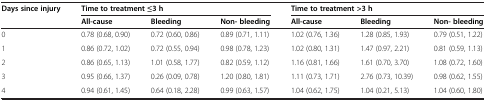
| Days since injury | <COLSPAN=3> Time to treatment ≤3 h | <COLSPAN=3> Time to treatment >3 h |
 |  | All-cause | Bleeding | Non- bleeding | All-cause | Bleeding | Non- bleeding |
 | --- | --- | --- | --- | --- | --- | --- |
 | 0 | 0.78 (0.68, 0.90) | 0.72 (0.60, 0.86) | 0.89 (0.71, 1.11) | 1.02 (0.76, 1.36) | 1.28 (0.85, 1.93) | 0.79 (0.51, 1.22) |
 | 1 | 0.86 (0.72, 1.02) | 0.72 (0.55, 0.94) | 0.98 (0.78, 1.23) | 1.02 (0.80, 1.31) | 1.47 (0.97, 2.21) | 0.81 (0.59, 1.13) |
 | 2 | 0.86 (0.65, 1.13) | 1.01 (0.58, 1.77) | 0.82 (0.59, 1.12) | 1.16 (0.81, 1.66) | 1.61 (0.70, 3.70) | 1.08 (0.72, 1.60) |
 | 3 | 0.95 (0.66, 1.37) | 0.26 (0.09, 0.78) | 1.20 (0.80, 1.81) | 1.11 (0.73, 1.71) | 2.76 (0.73, 10.39) | 0.98 (0.62, 1.55) |
 | 4 | 0.94 (0.61, 1.45) | 0.64 (0.18, 2.28) | 0.99 (0.63, 1.57) | 1.04 (0.62, 1.75) | 1.04 (0.21, 5.13) | 1.04 (0.60, 1.80) |